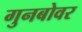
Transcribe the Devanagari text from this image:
गुनबोवर